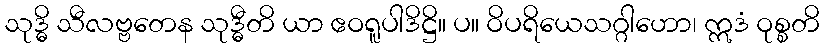
သုဒ္ဓိ သီလဗ္ဗတေန သုဒ္ဓီတိ ယာ ဧဝရူပါဒိဋ္ဌိ။ ပ။ ဝိပရိယေသဂ္ဂါဟော၊ ဣဒံ ဝုစ္စတိ